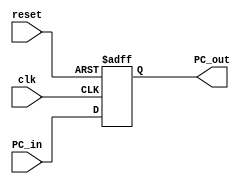
`timescale 1ns / 1ps
//////////////////////////////////////////////////////////////////////////////////
// Company: 
// Engineer: 
// 
// Design Name: 
// Module Name: program_counter
// Project Name: 
// Target Devices: 
// Tool Versions: 
// Description: 
// 
// Dependencies: 
// 
// Revision:
// Revision 0.01 - File Created
// Additional Comments:
// 
//////////////////////////////////////////////////////////////////////////////////
module program_counter(
input clk,reset,
input [31:0] PC_in,
output reg [31:0] PC_out
    );
    always @(posedge clk , negedge reset)
    begin
    if(!reset)
    PC_out <= 32'h0;
    else
    PC_out <= PC_in;
    end
    initial
    begin
     //$display("........................................");
     $display("..................Program_Counter is executed.............................");
     
    // $monitor("@time=%0t,clk = %0h,reset=%0h,PC_in=%0h,PC_out=%0h",$time,clk,reset,PC_in,PC_out,);
    end
    
//    initial 
//    begin 
//    #50    PC_in = 32'b0000_0000_1010_0000_0000_0101_0001_0011; 
//    #50    PC_in = 32'b0000_0000_1010_0000_1000_0101_0001_0011;
//    #50    PC_in = 32'b0000_0000_1010_0001_0000_0101_0001_0011; 
//    #50    PC_in = 32'b0000_0000_1010_0001_1000_0101_0001_0011;      
//    #50    PC_in = 32'b0000_0000_1010_0010_0000_0101_0001_0011; 
//    #50    PC_in = 32'b0000_0000_1010_0010_1000_0101_0001_0011;  
//    #50    PC_in = 32'b0000_0000_1010_0011_0000_0101_0001_0011; 
//    #50    PC_in = 32'b0000_0000_1010_0011_1000_0101_0001_0011;  
//    #50    PC_in = 32'b0000_0000_1010_0100_0000_0101_0001_0011; 
//    end
endmodule